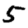
Digit: 5